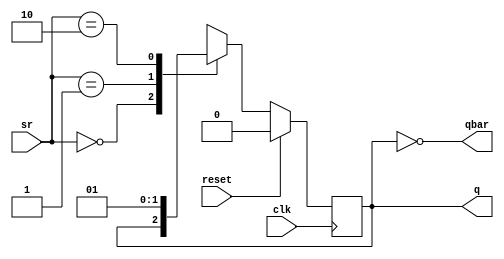
`timescale 1ns / 1ps
//////////////////////////////////////////////////////////////////////////////////
// Company: 
// Engineer: 
// 
// Design Name: 
// Module Name: SR_FLIP
// Project Name: 
// Target Devices: 
// Tool Versions: 
// Description: 
// 
// Dependencies: 
// 
// Revision:
// Revision 0.01 - File Created
// Additional Comments:
// 
//////////////////////////////////////////////////////////////////////////////////


module SR_FLIP(q,qbar,clk,reset,sr);
	output reg q;
	output qbar;
	input clk, reset;
	input [1:0] sr;

	assign qbar = ~q;

	always @(posedge clk)
	begin
		if (reset)
			q <= 0;
		else
			case(sr)
				2'b00: q <= q;
				2'b01: q <= 0;
				2'b10: q <= 1;
				2'b11: q <= 1'bx;
			endcase
	end
endmodule